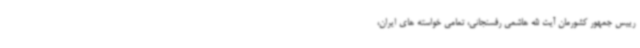
رییس جمهور کشورمان آیت الله هاشمی رفسنجانی، تمامی خواسته های ایران،